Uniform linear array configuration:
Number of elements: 64
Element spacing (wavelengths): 0.75
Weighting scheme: kaiser
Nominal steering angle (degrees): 60
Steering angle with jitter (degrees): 59.88
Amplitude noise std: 0.05
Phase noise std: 0.05

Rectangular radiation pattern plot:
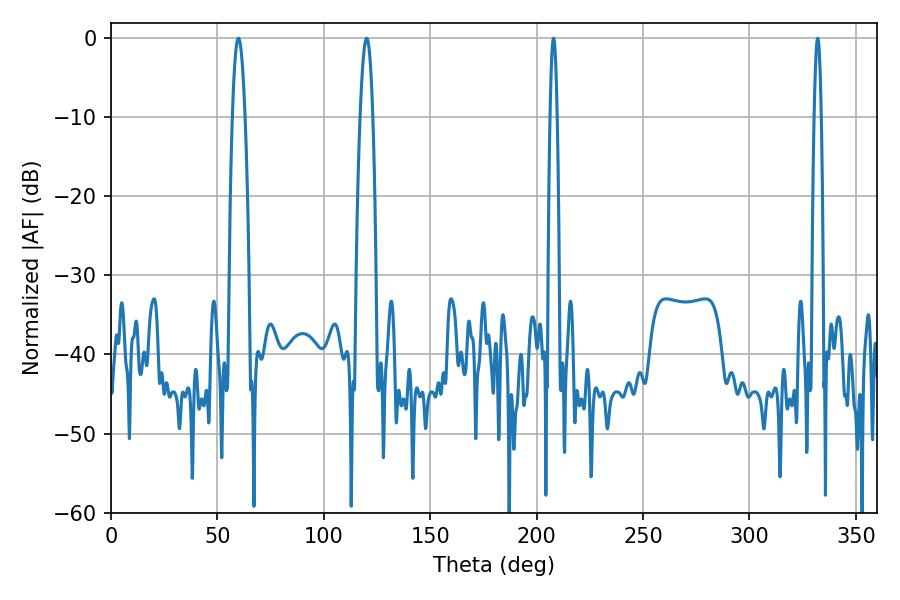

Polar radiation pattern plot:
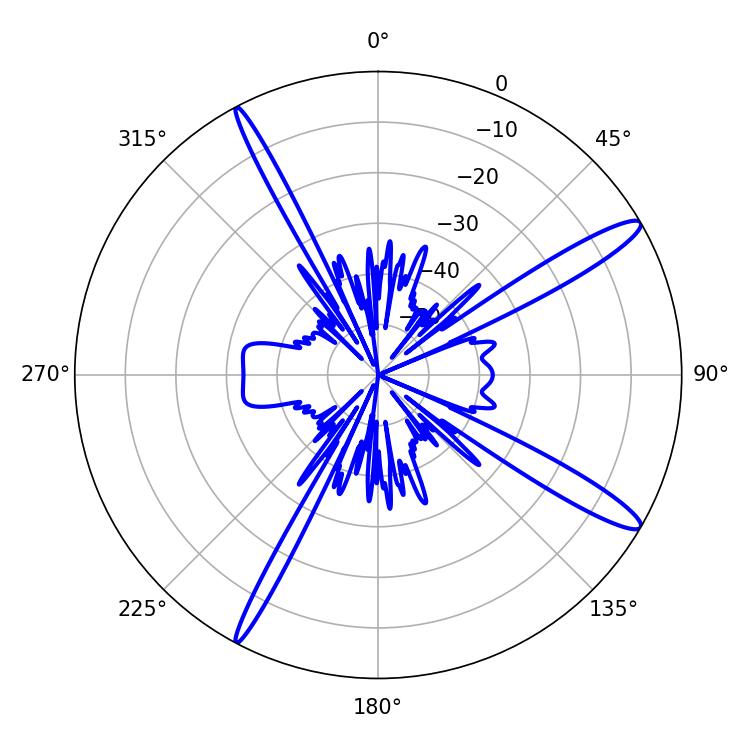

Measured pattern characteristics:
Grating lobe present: TRUE
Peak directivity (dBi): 14.285
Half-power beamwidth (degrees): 1.8
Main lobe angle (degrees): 207.9